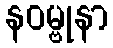
နဝမ္ဗုနာ